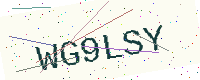
Text: WG9LSY